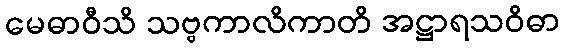
မေဓာဝီသိ သဗ္ဗကာလိကာတိ အဋ္ဌာရသဝိဓာ